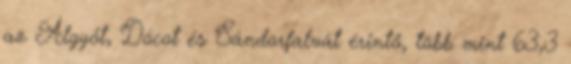
az Algyőt, Dócot és Sándorfalvát érintő, több mint 63,3